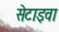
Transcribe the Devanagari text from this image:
सेटाइवा